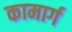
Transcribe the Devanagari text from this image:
कामार्ग